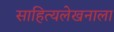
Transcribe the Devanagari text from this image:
साहित्यलेखनाला